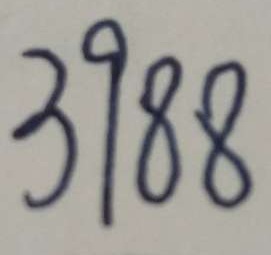
3 9 8 8